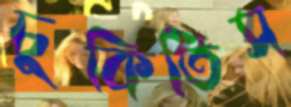
চুকিতিস